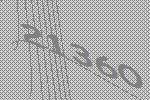
21360